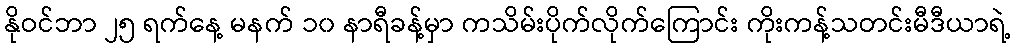
နိုဝင်ဘာ ၂၅ ရက်နေ့ မနက် ၁၀ နာရီခန့်မှာ ကသိမ်းပိုက်လိုက်ကြောင်း ကိုးကန့်သတင်းမီဒီယာရဲ့